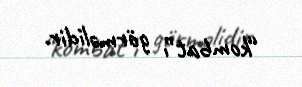
“kombat”ı görməlidir.